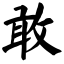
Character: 敢